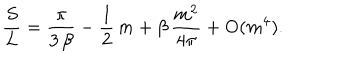
{ \frac { S } { L } } = { \frac { \pi } { 3 \, \beta } } - { \frac { 1 } { 2 } } \, m + \beta \, { \frac { m ^ { 2 } } { 4 \pi } } + \mathrm { O } ( m ^ { 4 } ) .